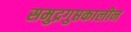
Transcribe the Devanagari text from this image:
समुद्रगुप्तकालीन